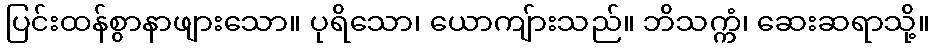
ပြင်းထန်စွာနာဖျားသော။ ပုရိသော၊ ယောကျ်ားသည်။ ဘိသက္ကံ၊ ဆေးဆရာသို့။